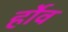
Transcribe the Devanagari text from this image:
र्होव